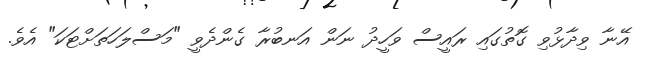
އޭނާ ވިދާޅުވި ގޮތުގައި ރައީސް ވަހީދު ނަން އަނބުރާ ގެންދެވީ "މަސްލަހަަތަށްޓަކަ" އެވެ.